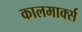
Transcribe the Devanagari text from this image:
कालमार्क्स